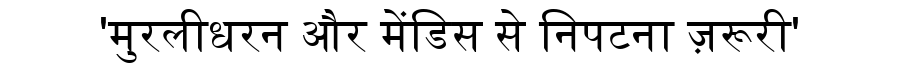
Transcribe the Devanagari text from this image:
'मुरलीधरन और मेंडिस से निपटना ज़रूरी'